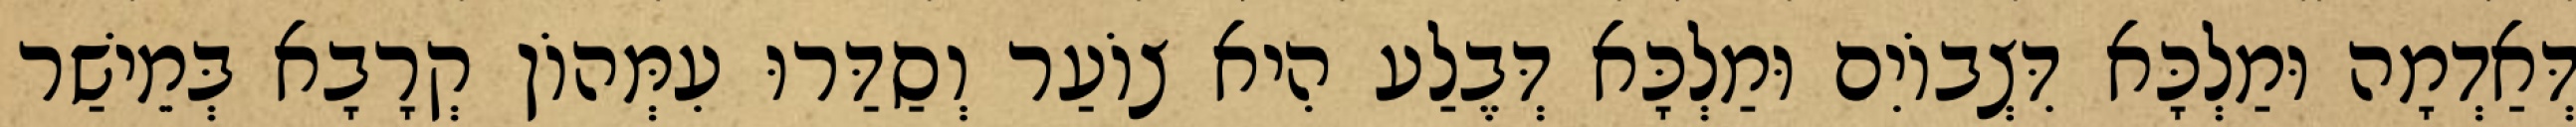
דְּאַדְמָה וּמַלְכָּא דִּצְבוֹיִם וּמַלְכָּא דְּבֶלַע הִיא צוֹעַר וְסַדַּרוּ עִמְּהוֹן קְרָבָא בְּמֵישַׁר